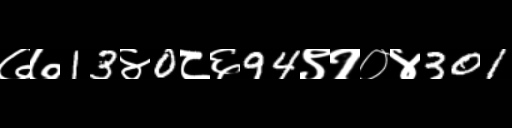
Text: ७७13४0८६94९१०४301